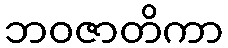
ဘဝဇာတိကာ